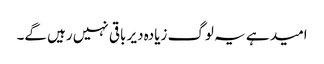
امید ہے یہ لوگ زیادہ دیر باقی نہیں رہیں گے۔